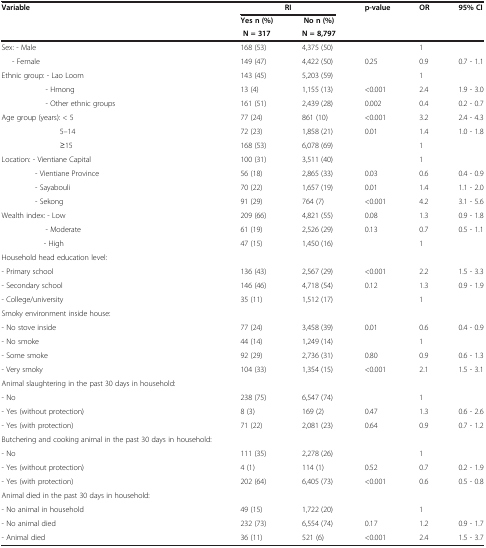
<table><thead><tr><td rowspan="2"><b>Variable</b></td><td colspan="2"><b>RI</b></td><td rowspan="2"><b>p-value</b></td><td rowspan="2"><b>OR</b></td><td rowspan="2"><b>95% CI</b></td></tr><tr><td><b>Yes n (%)</b></td><td><b> No n (%)</b></td></tr><tr><td><b> </b></td><td><b> N = 317</b></td><td><b>N = 8,797</b></td><td><b> </b></td><td><b> </b></td><td><b> </b></td></tr></thead><tbody><tr><td>Sex: - Male</td><td>168 (53)</td><td>4,375 (50)</td><td> </td><td>1</td><td> </td></tr><tr><td>- Female</td><td>149 (47)</td><td>4,422 (50)</td><td>0.25</td><td>0.9</td><td>0.7 - 1.1</td></tr><tr><td>Ethnic group: - Lao Loom</td><td>143 (45)</td><td>5,203 (59)</td><td> </td><td>1</td><td> </td></tr><tr><td>- Hmong</td><td>13 (4)</td><td>1,155 (13)</td><td>&lt;0.001</td><td>2.4</td><td>1.9 - 3.0</td></tr><tr><td>- Other ethnic groups</td><td>161 (51)</td><td>2,439 (28)</td><td>0.002</td><td>0.4</td><td>0.2 - 0.7</td></tr><tr><td>Age group (years): &lt; 5</td><td>77 (24)</td><td>861 (10)</td><td>&lt;0.001</td><td>3.2</td><td>2.4 - 4.3</td></tr><tr><td>5–14</td><td>72 (23)</td><td>1,858 (21)</td><td>0.01</td><td>1.4</td><td>1.0 - 1.8</td></tr><tr><td>≥15</td><td>168 (53)</td><td>6,078 (69)</td><td> </td><td>1</td><td> </td></tr><tr><td>Location: - Vientiane Capital</td><td>100 (31)</td><td>3,511 (40)</td><td> </td><td>1</td><td> </td></tr><tr><td>- Vientiane Province</td><td>56 (18)</td><td>2,865 (33)</td><td>0.03</td><td>0.6</td><td>0.4 - 0.9</td></tr><tr><td>- Sayabouli</td><td>70 (22)</td><td>1,657 (19)</td><td>0.01</td><td>1.4</td><td>1.1 - 2.0</td></tr><tr><td>- Sekong</td><td>91 (29)</td><td>764 (7)</td><td>&lt;0.001</td><td>4.2</td><td>3.1 - 5.6</td></tr><tr><td>Wealth index: - Low</td><td>209 (66)</td><td>4,821 (55)</td><td>0.08</td><td>1.3</td><td>0.9 - 1.8</td></tr><tr><td>- Moderate</td><td>61 (19)</td><td>2,526 (29)</td><td>0.13</td><td>0.7</td><td>0.5 - 1.1</td></tr><tr><td>- High</td><td>47 (15)</td><td>1,450 (16)</td><td> </td><td>1</td><td> </td></tr><tr><td>Household head education level:</td><td> </td><td> </td><td> </td><td> </td><td> </td></tr><tr><td>- Primary school</td><td>136 (43)</td><td>2,567 (29)</td><td>&lt;0.001</td><td>2.2</td><td>1.5 - 3.3</td></tr><tr><td>- Secondary school</td><td>146 (46)</td><td>4,718 (54)</td><td>0.12</td><td>1.3</td><td>0.9 - 1.9</td></tr><tr><td>- College/university</td><td>35 (11)</td><td>1,512 (17)</td><td> </td><td>1</td><td> </td></tr><tr><td>Smoky environment inside house:</td><td> </td><td> </td><td> </td><td> </td><td> </td></tr><tr><td>- No stove inside</td><td>77 (24)</td><td>3,458 (39)</td><td>0.01</td><td>0.6</td><td>0.4 - 0.9</td></tr><tr><td>- No smoke</td><td>44 (14)</td><td>1,249 (14)</td><td> </td><td>1</td><td> </td></tr><tr><td>- Some smoke</td><td>92 (29)</td><td>2,736 (31)</td><td>0.80</td><td>0.9</td><td>0.6 - 1.3</td></tr><tr><td>- Very smoky</td><td>104 (33)</td><td>1,354 (15)</td><td>&lt;0.001</td><td>2.1</td><td>1.5 - 3.1</td></tr><tr><td>Animal slaughtering in the past 30 days in household:</td><td> </td><td> </td><td> </td><td> </td><td> </td></tr><tr><td>- No</td><td>238 (75)</td><td>6,547 (74)</td><td> </td><td>1</td><td> </td></tr><tr><td>- Yes (without protection)</td><td>8 (3)</td><td>169 (2)</td><td>0.47</td><td>1.3</td><td>0.6 - 2.6</td></tr><tr><td>- Yes (with protection)</td><td>71 (22)</td><td>2,081 (23)</td><td>0.64</td><td>0.9</td><td>0.7 - 1.2</td></tr><tr><td>Butchering and cooking animal in the past 30 days in household:</td><td> </td><td> </td><td> </td><td> </td><td> </td></tr><tr><td>- No</td><td>111 (35)</td><td>2,278 (26)</td><td> </td><td>1</td><td> </td></tr><tr><td>- Yes (without protection)</td><td>4 (1)</td><td>114 (1)</td><td>0.52</td><td>0.7</td><td>0.2 - 1.9</td></tr><tr><td>- Yes (with protection)</td><td>202 (64)</td><td>6,405 (73)</td><td>&lt;0.001</td><td>0.6</td><td>0.5 - 0.8</td></tr><tr><td>Animal died in the past 30 days in household:</td><td> </td><td> </td><td> </td><td> </td><td> </td></tr><tr><td>- No animal in household</td><td>49 (15)</td><td>1,722 (20)</td><td> </td><td>1</td><td> </td></tr><tr><td>- No animal died</td><td>232 (73)</td><td>6,554 (74)</td><td>0.17</td><td>1.2</td><td>0.9 - 1.7</td></tr><tr><td>- Animal died</td><td>36 (11)</td><td>521 (6)</td><td>&lt;0.001</td><td>2.4</td><td>1.5 - 3.7</td></tr></tbody></table>